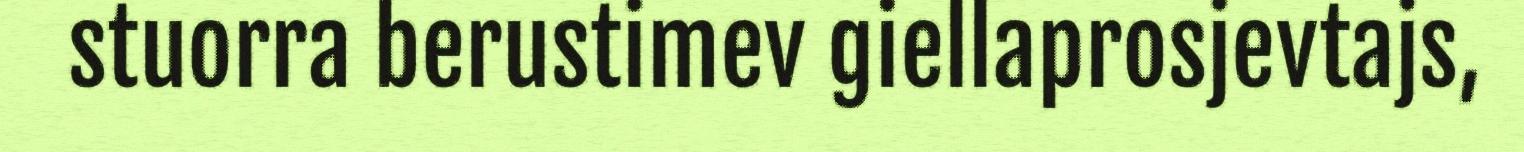
stuorra berustimev giellaprosjevtajs,